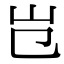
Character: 𡴼